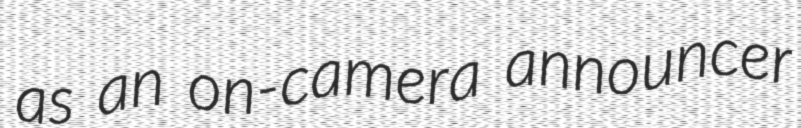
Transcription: as an on-camera announcer